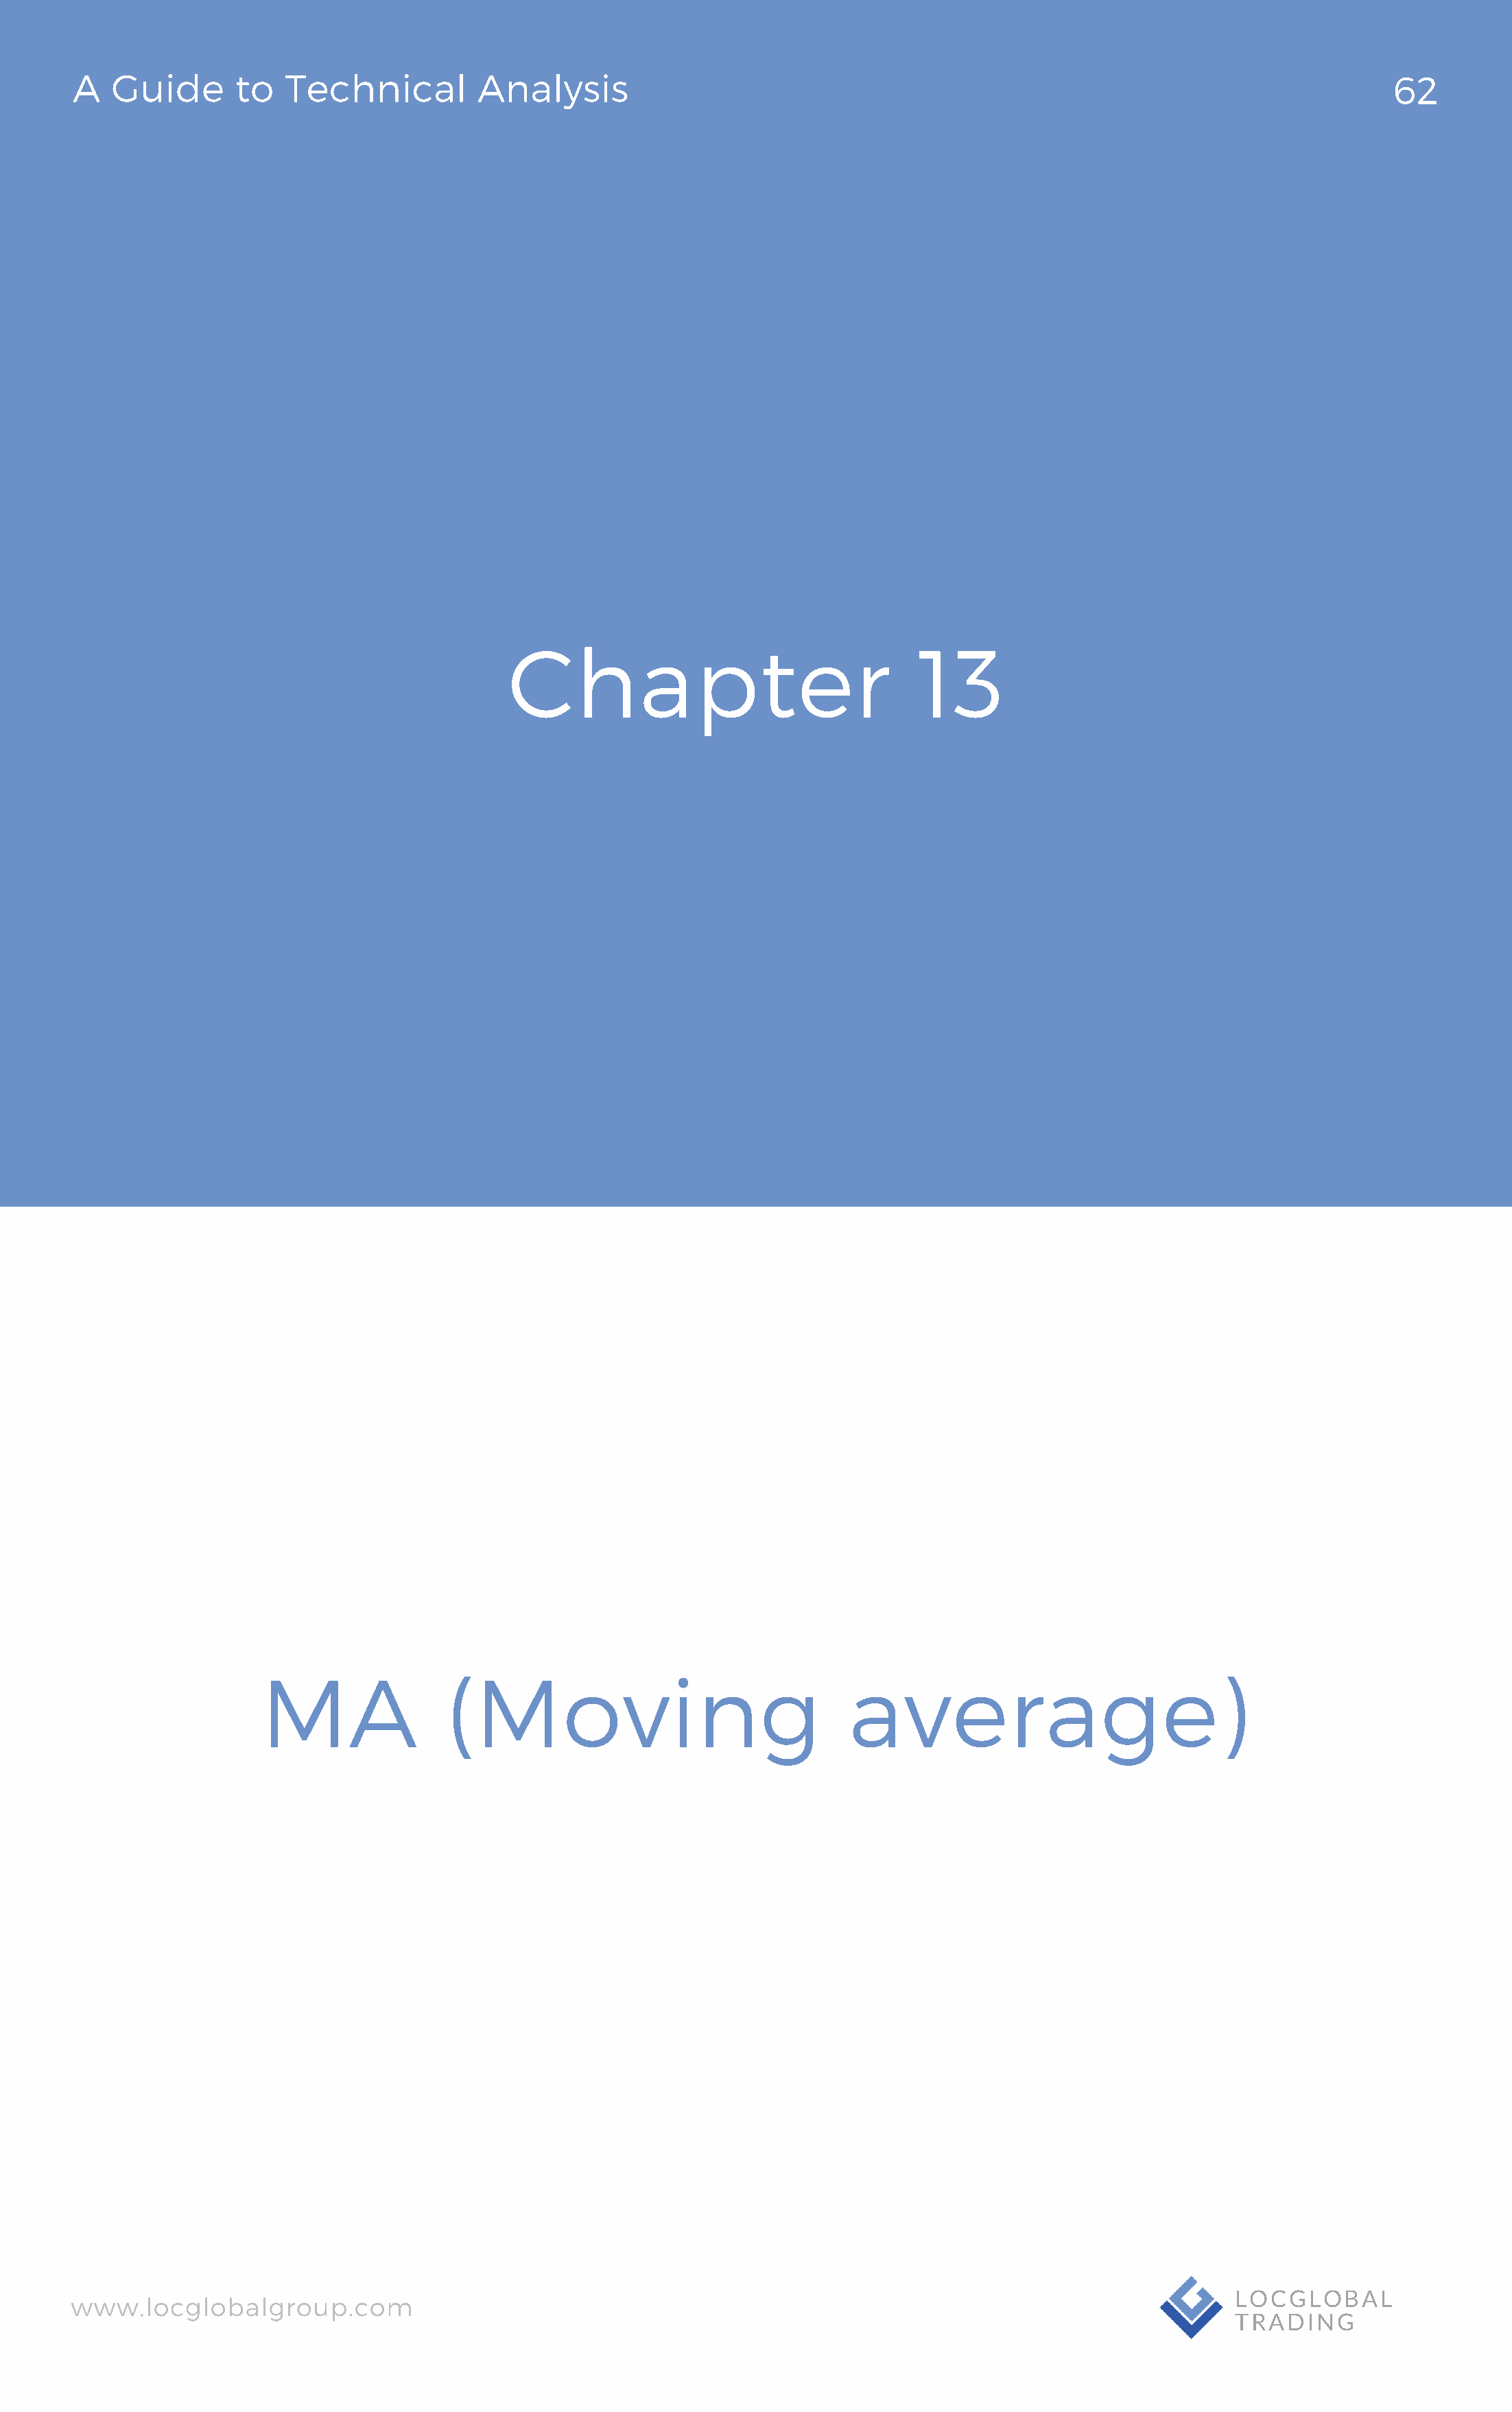
A   Guide       to  Technical          Analysis                                                                                62
 Chapter                                 13
 MA                (Moving                                average)
 www.locglobalgroup.com                                                                                          LOCGLOBAL
 TRADING